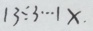
1 3 \div 3 \cdots 1 x .